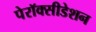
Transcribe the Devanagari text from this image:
पेरॉक्सीडेशन